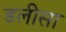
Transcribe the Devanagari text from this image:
डलीसा